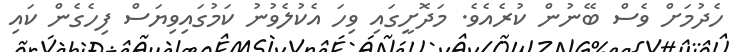
ހެދުމަށް ވެސް ބޭނުން ކުރެއެވެ. މަދޮށީގައި ވިހަ އެކުލެވުނު ކަމުގައިވިޔަސް ފިހެގެން ކައި